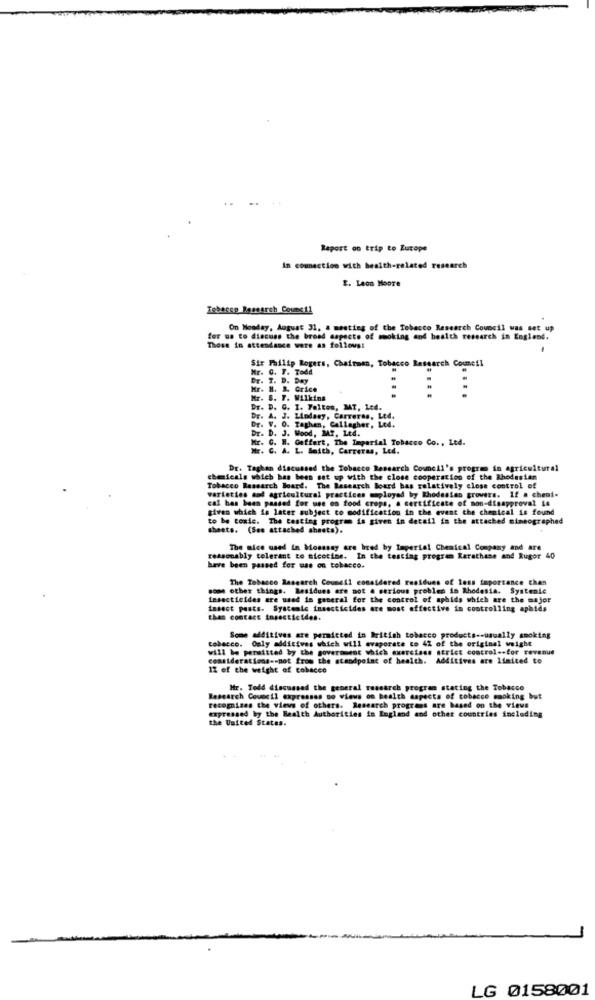
Raport on trip to Europe
in connection with health-related research
E. Leon Moore
Tobacco Research Council
On Monday, August 31, a meeting of the Tobacco Research Council was set up
for us to discuss the broad aspects of smoking and health research in England.
Those in attendance were as follows:
Mr. G. F. Todd
Sir Philip Rogers, Chairman, Tobacco Research Commeil
Dr. 7. D. Day
Grice
ITT
F. Wilkins
D. C. I. Feltes, MT, Led.
Dr. A. J. Lindasy, Carreras, Ltd.
Dr. V. O. Taghen, Gallagher, Ltd.
Dr. D. J. Wood, Mr. Ltd.
Kr. C. H. Goffert, The Imperial Tobacco Co ., Ltd.
Mr. C. A. L. Smith, Carreras, Led.
Dr. Taghan discussed the Tobacco Research Council's program in agricultural
cheicals which has been set up with the close cooperation of the Rhodesian
Tobacco Research Board. The Research Board bas relatively close control of
varieties and agricultural practices employed by Rhodesian growers. If a chemi-
cal has been passed for use os food crops, a certificate of mon-disapproval is
given which is later subject to modification in the event the chemical is found
to be toxic. The testing program is given in detail in the attached nimeographed
sheets. (See attached sheets).
The nice used in Mosssay are bred by Imperial Chemical Company and are
reasonably tolerant to nicotine. In the testing progrem Rerathane and Rugor 40
have been passed for use on tobacco.
The Tobacco Research Council considered residues of loss importance chan
some other things. Residues are not a serious problem in Rhodesia. Systenie
insecticides are used in general for the control of aphids which are the major
insect posts. Systemic insecticides are most effective in controlling aphids
than contact insecticides.
tobacco. Only additives which will evaporate to 42 of the original weight
Some additives are permitted in British tobacco products -- usually smoking
will be permitted by the government which exercises strict control -. for revenue
considerations -- not from the standpoint of health. Additives are limited to
12 of the weight of cobacco
Mr. Todd discussed the general research program stating the Tobacco
Research Council expresses so wiews on health aspects of tobacco smoking but
recognizes the views of others. Research programs are based on the views
expressed by the Realth Authorities in England and other countries including
the United States.
LG 0158001